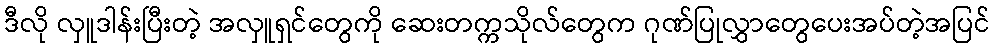
ဒီလို လှူဒါန်းပြီးတဲ့ အလှူရှင်တွေကို ဆေးတက္ကသိုလ်တွေက ဂုဏ်ပြုလွှာတွေပေးအပ်တဲ့အပြင်